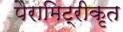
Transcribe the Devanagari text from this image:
पैरामिट्रीकृत